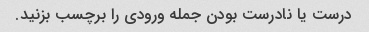
درست یا نادرست بودن جمله ورودی را برچسب بزنید.